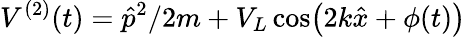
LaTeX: V^{(2)}(t)=\hat{p}^{2}/2m+V_{L}\cos\bigl(2k\hat{x}+\phi(t)\bigr)